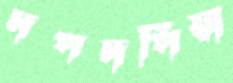
দপদপিয়া